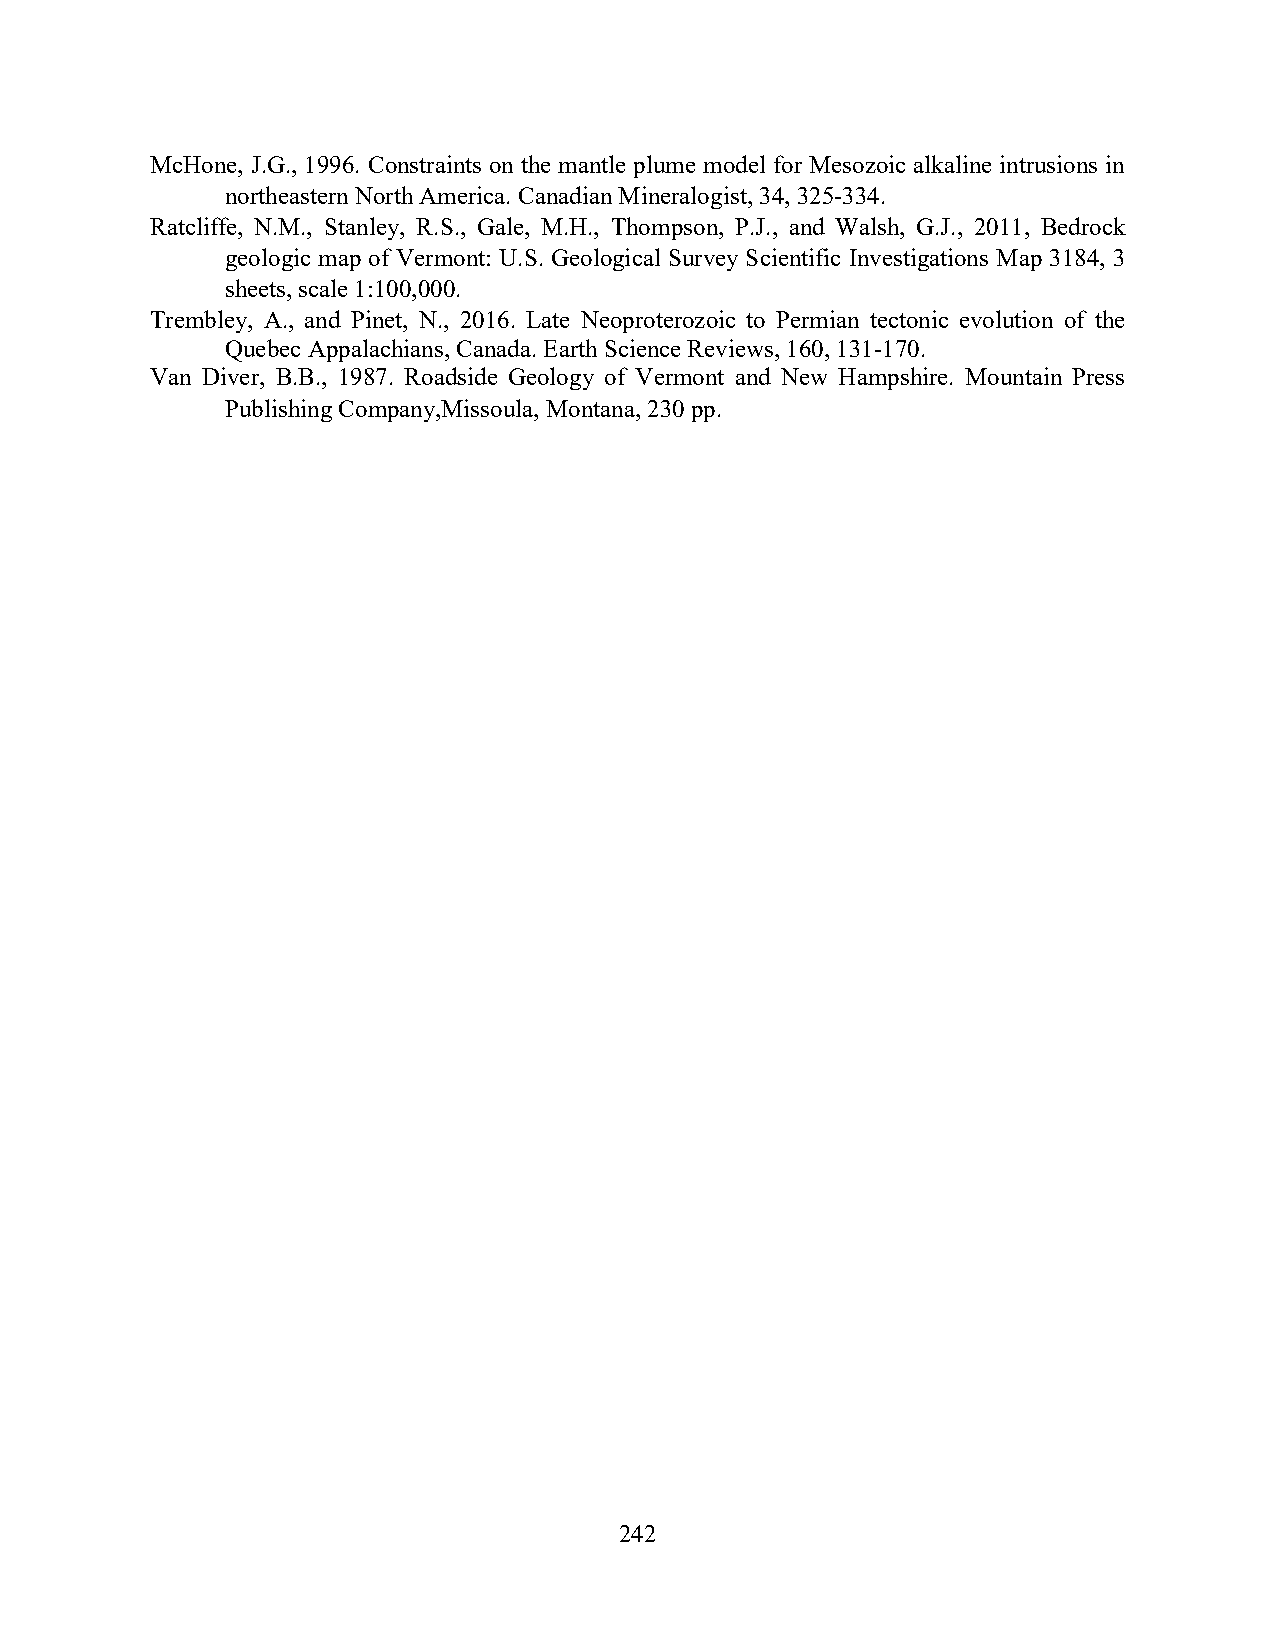
McHone, J.G., 1996. Constraints on the mantle plume model for Mesozoic alkaline intrusions in
 northeastern North America. Canadian Mineralogist, 34, 325-334.
 Ratcliffe, N.M., Stanley, R.S., Gale, M.H., Thompson, P.J., and Walsh, G.J., 2011, Bedrock
 geologic map of Vermont: U.S. Geological Survey Scientific Investigations Map 3184, 3
 sheets, scale 1:100,000.
 Trembley, A., and Pinet, N., 2016. Late Neoproterozoic to Permian tectonic evolution of the
 Quebec Appalachians, Canada. Earth Science Reviews, 160, 131-170.
 Van Diver, B.B., 1987. Roadside Geology of Vermont and New Hampshire. Mountain Press
 Publishing Company,Missoula, Montana, 230 pp.
 242